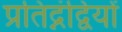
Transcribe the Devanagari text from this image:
प्रतिद्नंद्वियों